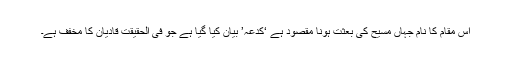
اس مقام کا نام جہاں مسیح کی بعثت ہونا مقصود ہے ‘کدعہ’ بیان کیا گیا ہے جو فی الحقیقت قادیان کا مخفف ہے۔